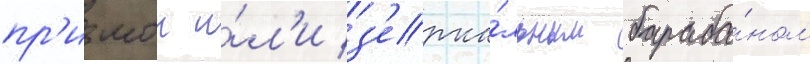
пр'измои и́л'и з'ерка́льным бараба́ном